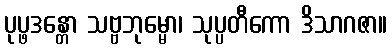
ပုပ္ဖဒန္တော သဗ္ဗဘုမ္မော၊ သုပ္ပတီကော ဒိသာဂဇာ။